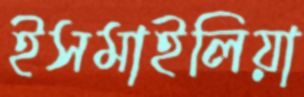
ইসমাইলিয়া